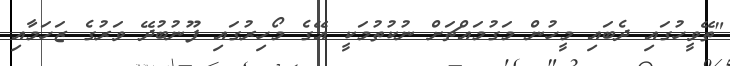
"ތޭވީހުގައި ދެބައި މީހުން މަގުމައްޗަށް ނުކުތުމަކީ އޭގެ މޯހިރުގައި ފޫނުބުދޭ ވަރުގެ ޒަހަމާއި